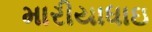
મારીયાધાઇ